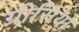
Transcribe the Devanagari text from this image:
ग्रीसिया